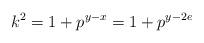
LaTeX: \begin{align*}k^2 = 1 + p^{y-x} = 1 + p^{y-2e}\end{align*}